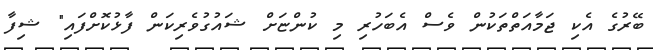
ބޭރުގެ އެކި ޖަމާއަތްތަކުން ވެސް އެބަހުރި މި ކުންޏަށް ޝައުގުވެރިކަން ފާޅުކޮށްފައި" ޝިފާ